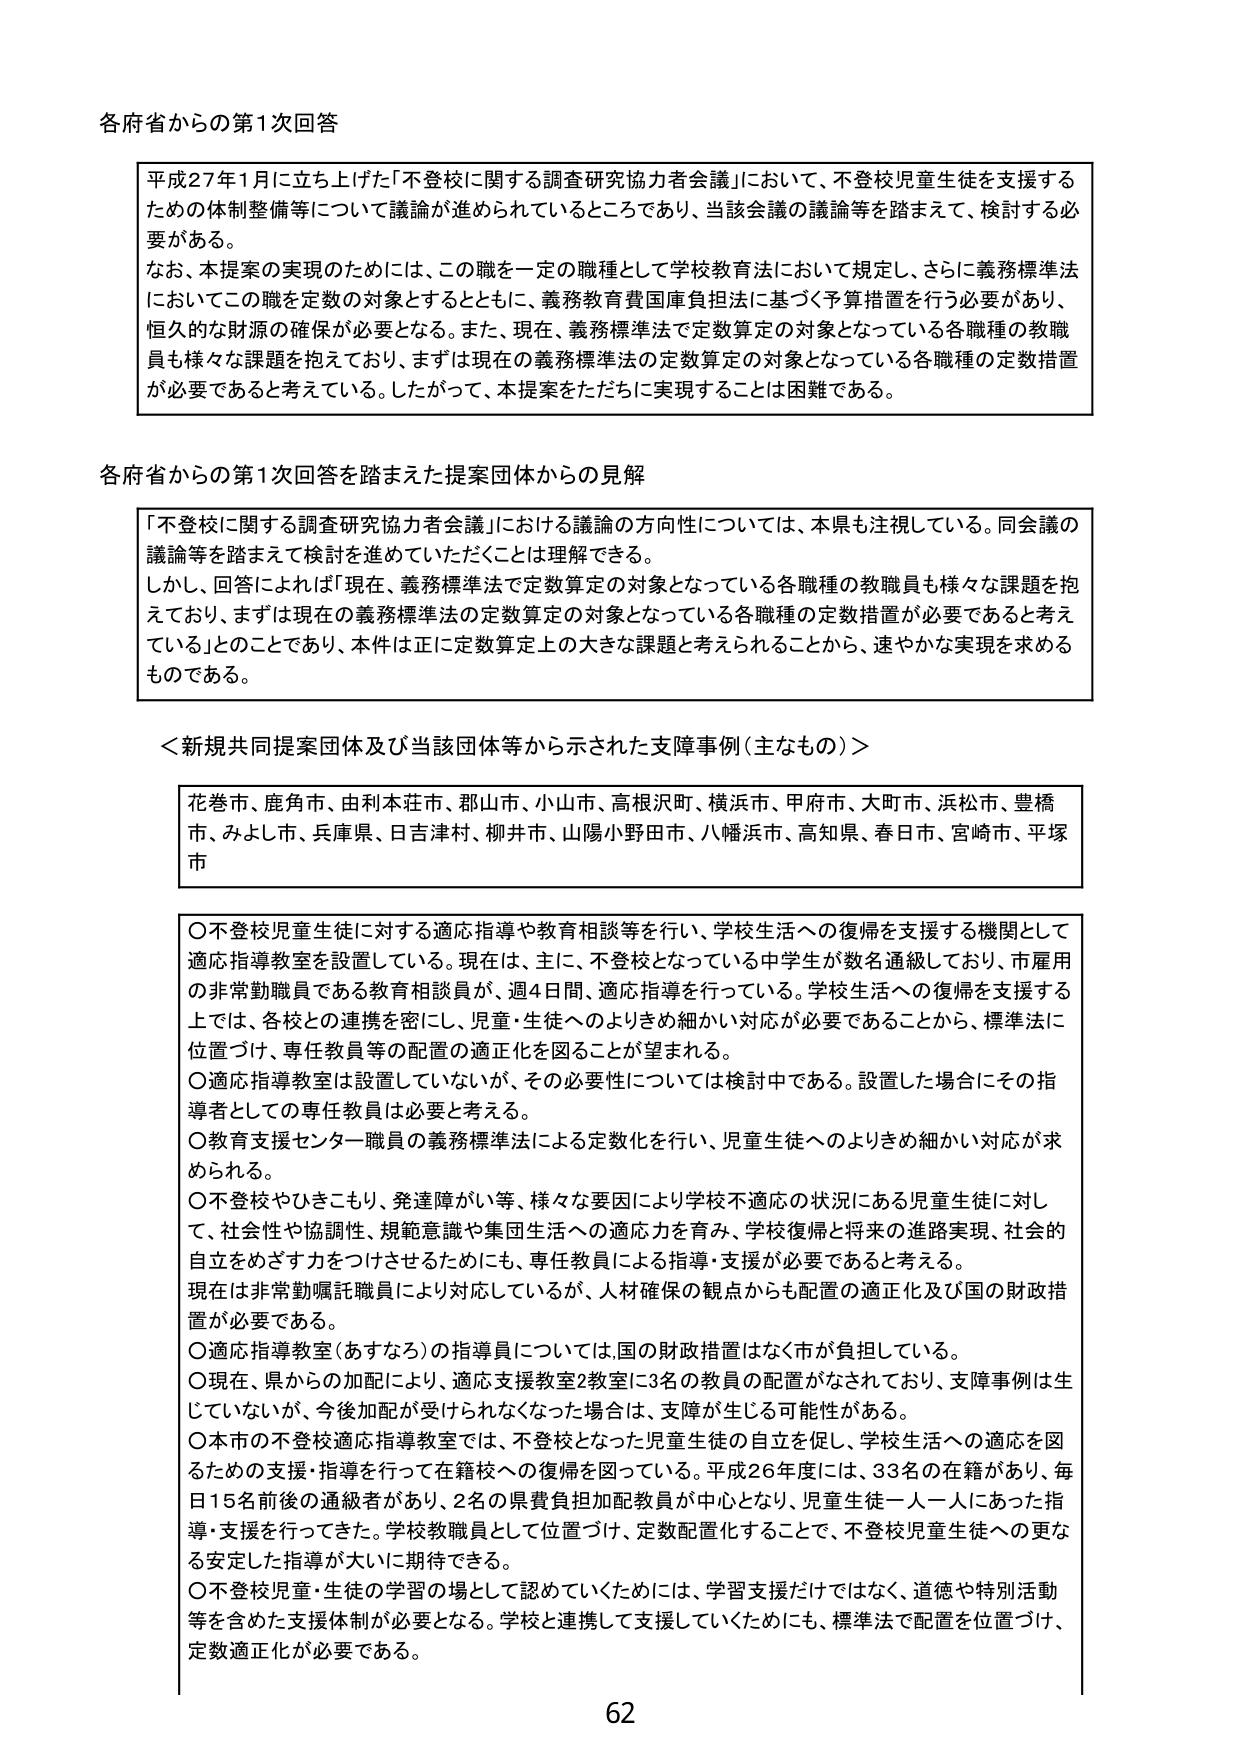
各府省からの第1次回答

平成27年1月に立ち上げた「不登校に関する調査研究協力者会議」において、不登校児童生徒を支援するための体制整備等について議論が進められているところであり、当該会議の議論等を踏まえて、検討する必要がある。
なお、本提案の実現のためには、この職を一定の職種として学校教育法において規定し、さらに義務標準法においてこの職を定数の対象とするとともに、義務教育費国庫負担法に基づく予算措置を行う必要があり、恒久的な財源の確保が必要となる。また、現在、義務標準法で定数算定の対象となっている各職種の教職員も様々な課題を抱えており、まずは現在の義務標準法の定数算定の対象となっている各職種の定数措置が必要であると考えている。したがって、本提案をただちに実現することは困難である。

各府省からの第1次回答を踏まえた提案団体からの見解

「不登校に関する調査研究協力者会議」における議論の方向性については、本県も注視している。同会議の議論等を踏まえて検討を進めていただくことは理解できる。
しかし、回答によれば「現在、義務標準法で定数算定の対象となっている各職種の教職員も様々な課題を抱えており、まずは現在の義務標準法の定数算定の対象となっている各職種の定数措置が必要であると考えている」とのことであり、本件は正に定数算定上の大きな課題と考えられることから、速やかな実現を求めるものである。

＜新規共同提案団体及び当該団体等から示された支援事例（主なもの）＞

花巻市、鹿角市、由利本荘市、郡山市、小山市、高根沢町、横浜市、甲府市、大町市、浜松市、豊橋市、みよし市、兵庫県、日吉津村、柳井市、山陽小野田市、八幡浜市、高知県、春日市、宮崎市、平塚市

○不登校児童生徒に対する適応指導や教育相談等を行い、学校生活への復帰を支援する機関として適応指導教室を設置している。現在は、主に、不登校となっている中学生が数名通級しており、市雇用の非常勤職員である教育相談員が、週4日間、適応指導を行っている。学校生活への復帰を支援する上では、各校との連携を密にし、児童・生徒へのよりきめ細かい対応が必要であることから、標準法に位置づけ、専任教員等の配置の適正化を図ることが望まれる。
○適応指導教室は設置していないが、その必要性については検討中である。設置した場合にその指導者としての専任教員は必要と考える。
○教育支援センター職員の義務標準法による定数化を行い、児童生徒へのよりきめ細かい対応が求められる。
○不登校やひきこもり、発達障がい等、様々な要因により学校不適応の状況にある児童生徒に対して、社会性や協調性、規範意識や集団生活への適応力を育み、学校復帰と将来の進路実現、社会的自立をめざす力をつけてさせるためにも、専任教員による指導・支援が必要であると考える。現在は非常勤嘱託職員により対応しているが、人材確保の観点からも配置の適正化及び国の財政措置が必要である。
○適応指導教室（あすなろ）の指導員については、国の財政措置はなく市が負担している。
○現在、県からの加配により、適応支援教室2教室に3名の教員の配置がなされており、支援事例は生じていないが、今後加配が受けられなくなった場合は、支障が生じる可能性がある。
○本市の不登校適応指導教室では、不登校となった児童生徒の自立を促し、学校生活への適応を図るための支援・指導を行って在籍校への復帰を図っている。平成26年度には、33名の在籍があり、毎日15名前後の通級者があり、2名の県費負担加配教員が中心となり、児童生徒一人一人にあった指導・支援を行ってきた。学校教職員として位置づけ、定数配置化することで、不登校児童生徒への更なる安定した指導が大いに期待できる。
○不登校児童・生徒の学習の場として認めていくためには、学習支援だけではなく、道徳や特別活動等を含めた支援体制が必要となる。学校と連携して支援していくためにも、標準法で配置を位置づけ、定数適正化が必要である。

62